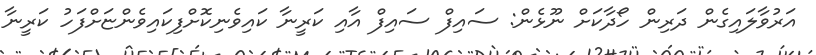
އަރުވާލައިގެން ދަރިން ހޯދާކަށް ނޫޅެން: ސައިފް ސައިފް އާއި ކަރީނާ ކައިވެނިކޮށްފިކައިވެންޏަށްފަހު ކަރީނާ